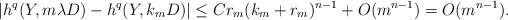
LaTeX: \begin{align*} |{h}^q(Y, m \lambda D) - h^q(Y, k_m D)| \leq C r_m (k_m + r_m)^{n-1} +O(m^{n-1}) = O(m^{n-1}).\end{align*}